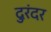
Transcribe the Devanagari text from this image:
दुरंदर